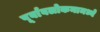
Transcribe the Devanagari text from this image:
पूर्वावलोकनामध्ये